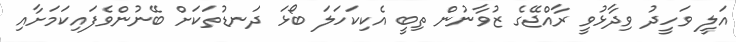
އަލީ ވަހީދު ވިދާޅުވީ ރާއްޖޭގެ ޒުވާނުން ތިބީ އެކިކަހަލަ ބޯޅަ ދަނޑުތަކަށް ބޭނުންވެފައިކަމަށާއި